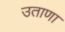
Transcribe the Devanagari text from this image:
उताणा